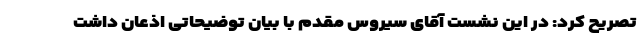
تصریح کرد: در این نشست آقای سیروس مقدم با بیان توضیحاتی اذعان داشت